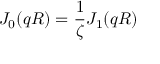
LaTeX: J _ { 0 } ( q R ) = \frac { 1 } { \zeta } J _ { 1 } ( q R )